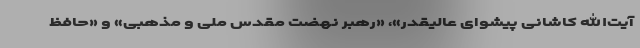
آیت‌الله کاشانی پیشوای عالیقدر»، «رهبر نهضت مقدس ملی و مذهبی» و «حافظ